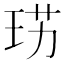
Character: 𤥉